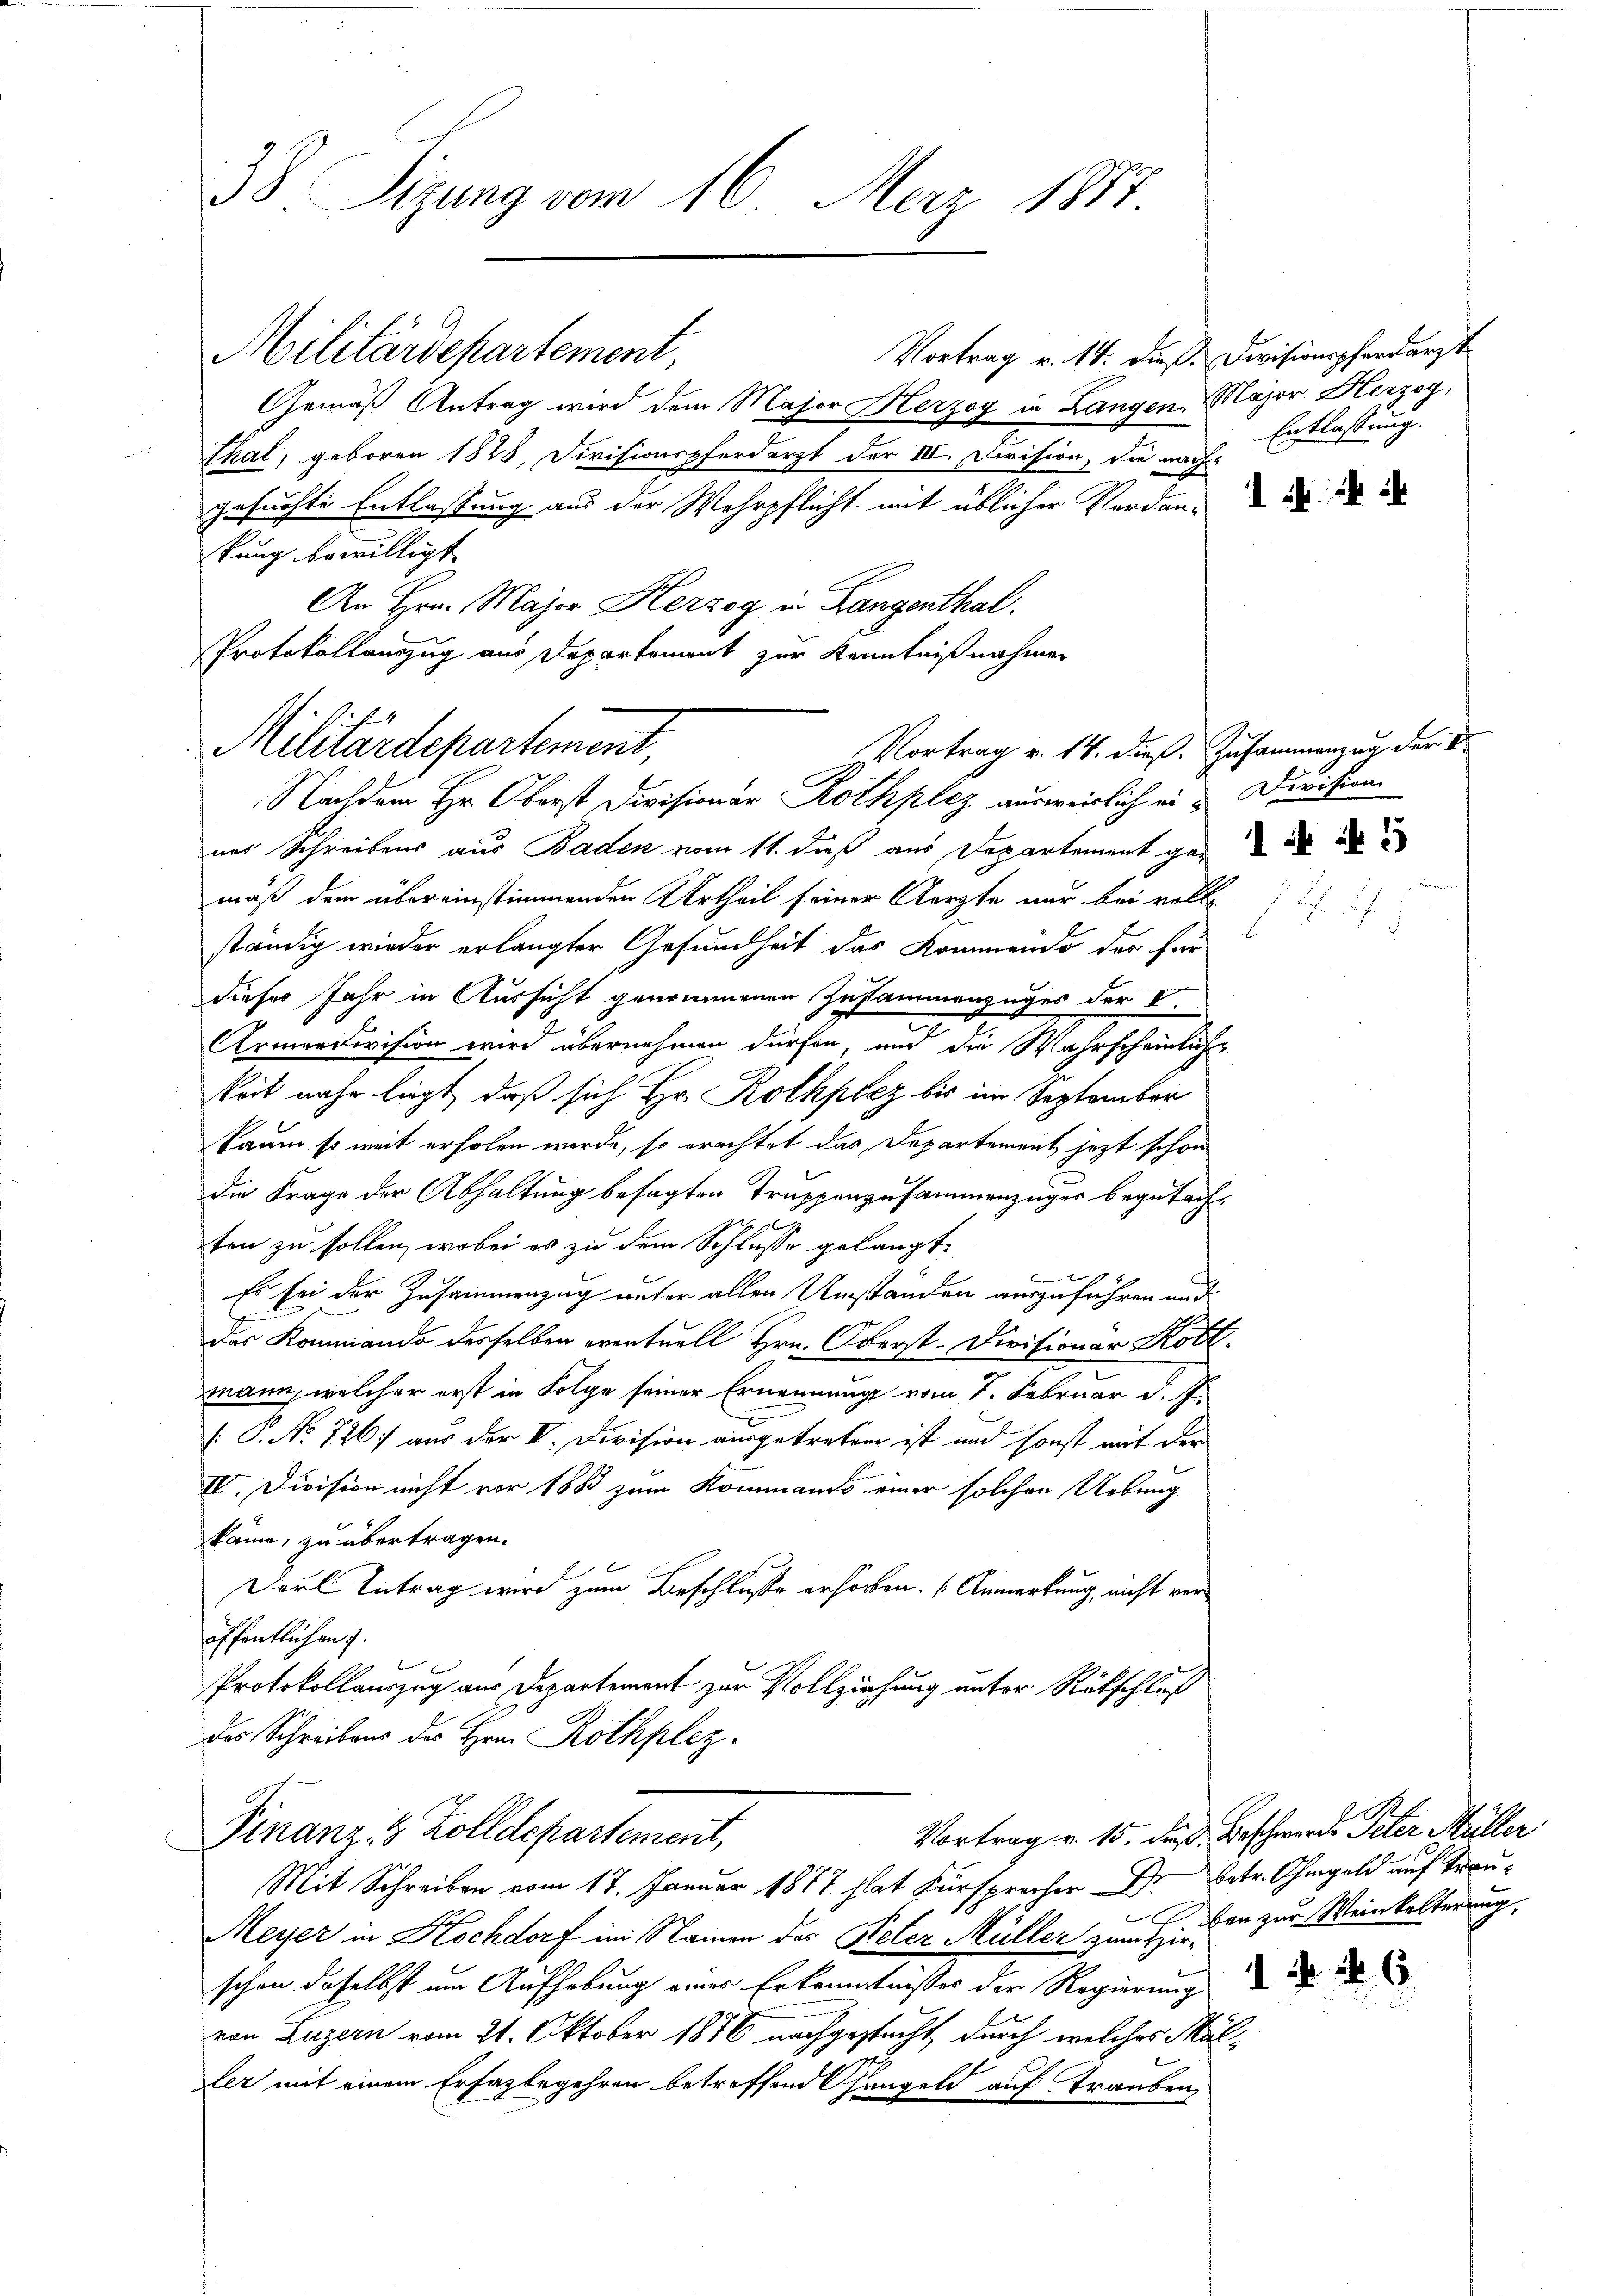
38 Sizung vom 16. März 1887.

Vortrag v. 14. dieß. Divisionspferdarzt
Gemäß Antrag wird dem Major Herzog in Langen Major Herzog,
Thal, geboren 1828, Divisionspferdarzt der III. Division, die nach
gesuchte Entlassung aus der Wehrpflicht mit üblicher Verdan- und d
kung bewilligt.
An Hrn. Major Herzog in Bangenthal.
Protokollauszug aus Departement zur Kenntnißnahmen

Militärdepartement,
Vortrag v. 14. dieß. Zusammenzug der
Nachdem Hr. Oberst Divisionar Rothplaz ausweislich ein Division

Militärdepartement,

ner Schreibens aus Baden vom 11. dieß aus Departement gemäß dem übereinstimmenden Urtheil seiner Aerzte nur bei voll
ständig wieder erlangter Gesundheit das Kommando der für
dieses Jahr in Aussicht genommenen Zusammenzuges der V.
Armendivision wird übernehmen dürfen, und die Wahrscheinlich
keit mehr liegt, daß sich Hr. Rothplez bis im September
kaum so weit erholen werde, so erachtet das Departement jetzt schon
die Frage der Abhaltung besagten Truppenzusammenzüger begutacht
 gleiche
ten zu sollen, wobei es zu dem Schluße gelangt,

Es sei der Zusammenzug unter allen Umstanden auszuführen und
das Kommando desselben eventuell Hrn. Oberst-Divisionär Rott.
mann, welcher erst in Folge seiner Ernennung vom 7. Februar d. J.
[P.No 726 aus der III. Division ausgetreten ist und sonst mit der
IV. Division nicht vor 1883 zum Kommando einer solchen Uebung
kann, zu übertragen.
Farl Antrag wird zum Beschluße erhorben. (Anmerkung, nicht veröffentlichen.
Protokollauszug aus Departement zur Vollziehung unter Rükschloß
des Schreibens des Hrn. Rothplez¬
Vortrag v. 15. daß Beschwerde Peter Müller
Finanz, 5 Zolldepartement,
Mit Schreiben vom 17. Januar 1877 hat Fürsprochen Dr. Betr. Ohmgeld auf Traux
Meyer in Hochdorf im Namen des Peter Müller zum H. den zur Weinkelterung,
schen daselbst um Aufhebung einer Erkenntnisses der Regierung der
von Luzern vom 21. Oktober 1856 nachgesucht durch welches Muller mit einem Erfazbegehren betreffend Changeld auf Trauben,

Entlassung.

f